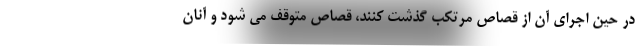
در حین اجرای آن از قصاص مرتکب گذشت کنند، قصاص متوقف می شود و آنان